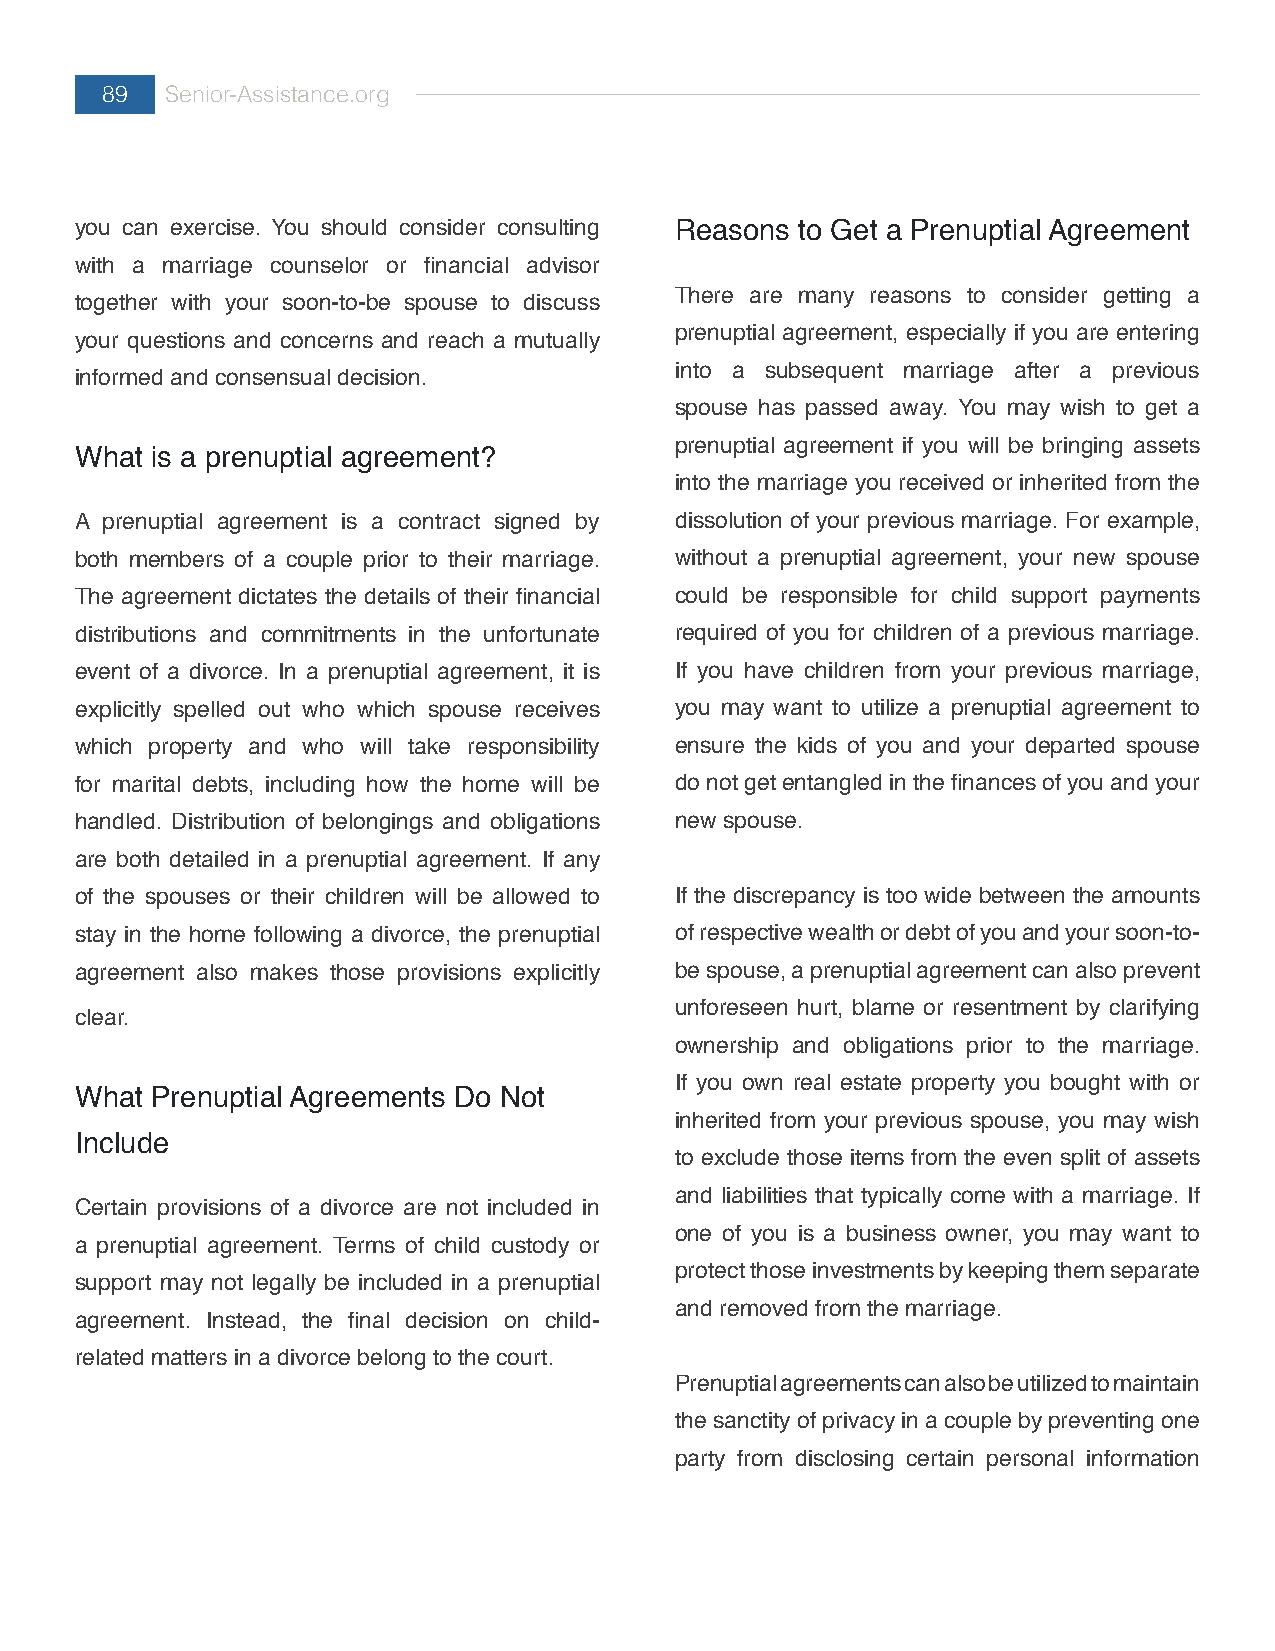
89  Senior-Assistance.org
 you can exercise. You should consider consulting Reasons to Get a Prenuptial Agreement
 with a marriage counselor or financial advisor
 There are many reasons to consider getting a
 together with your soon-to-be spouse to discuss
 prenuptial agreement, especially if you are entering
 your questions and concerns and reach a mutually
 into a subsequent marriage after a previous
 informed and consensual decision.
 spouse has passed away. You may wish to get a
 prenuptial agreement if you will be bringing assets
 What is a prenuptial agreement?
 into the marriage you received or inherited from the
 A prenuptial agreement is a contract signed by dissolution of your previous marriage. For example,
 both members of a couple prior to their marriage. without a prenuptial agreement, your new spouse
 The agreement dictates the details of their financial could be responsible for child support payments
 distributions and commitments in the unfortunate required of you for children of a previous marriage.
 event of a divorce. In a prenuptial agreement, it is If you have children from your previous marriage,
 explicitly spelled out who which spouse receives you may want to utilize a prenuptial agreement to
 which property and who will take responsibility ensure the kids of you and your departed spouse
 for marital debts, including how the home will be do not get entangled in the finances of you and your
 handled. Distribution of belongings and obligations new spouse.
 are both detailed in a prenuptial agreement. If any
 of the spouses or their children will be allowed to If the discrepancy is too wide between the amounts
 stay in the home following a divorce, the prenuptial of respective wealth or debt of you and your soon-to-
 agreement also makes those provisions explicitly be spouse, a prenuptial agreement can also prevent
 unforeseen hurt, blame or resentment by clarifying
 clear.
 ownership and obligations prior to the marriage.
 If you own real estate property you bought with or
 What Prenuptial Agreements Do Not
 inherited from your previous spouse, you may wish
 Include
 to exclude those items from the even split of assets
 and liabilities that typically come with a marriage. If
 Certain provisions of a divorce are not included in
 one of you is a business owner, you may want to
 a prenuptial agreement. Terms of child custody or
 protect those investments by keeping them separate
 support may not legally be included in a prenuptial
 and removed from the marriage.
 agreement. Instead, the final decision on child-
 related matters in a divorce belong to the court.
 Prenuptial agreements can also be utilized to maintain
 the sanctity of privacy in a couple by preventing one
 party from disclosing certain personal information